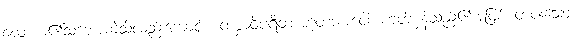
လောက၏သဘောကဲ့သို့လည်းကောင်း။ တစ္ဆာဝိပရီတ ဘူတဘာဝေါ၊ ဟုတ်မှန်သည်၏အဖြစ် တပါးသော